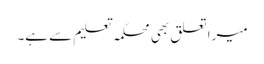
میرا تعلق بھی محکمہ تعلیم سے ہے۔